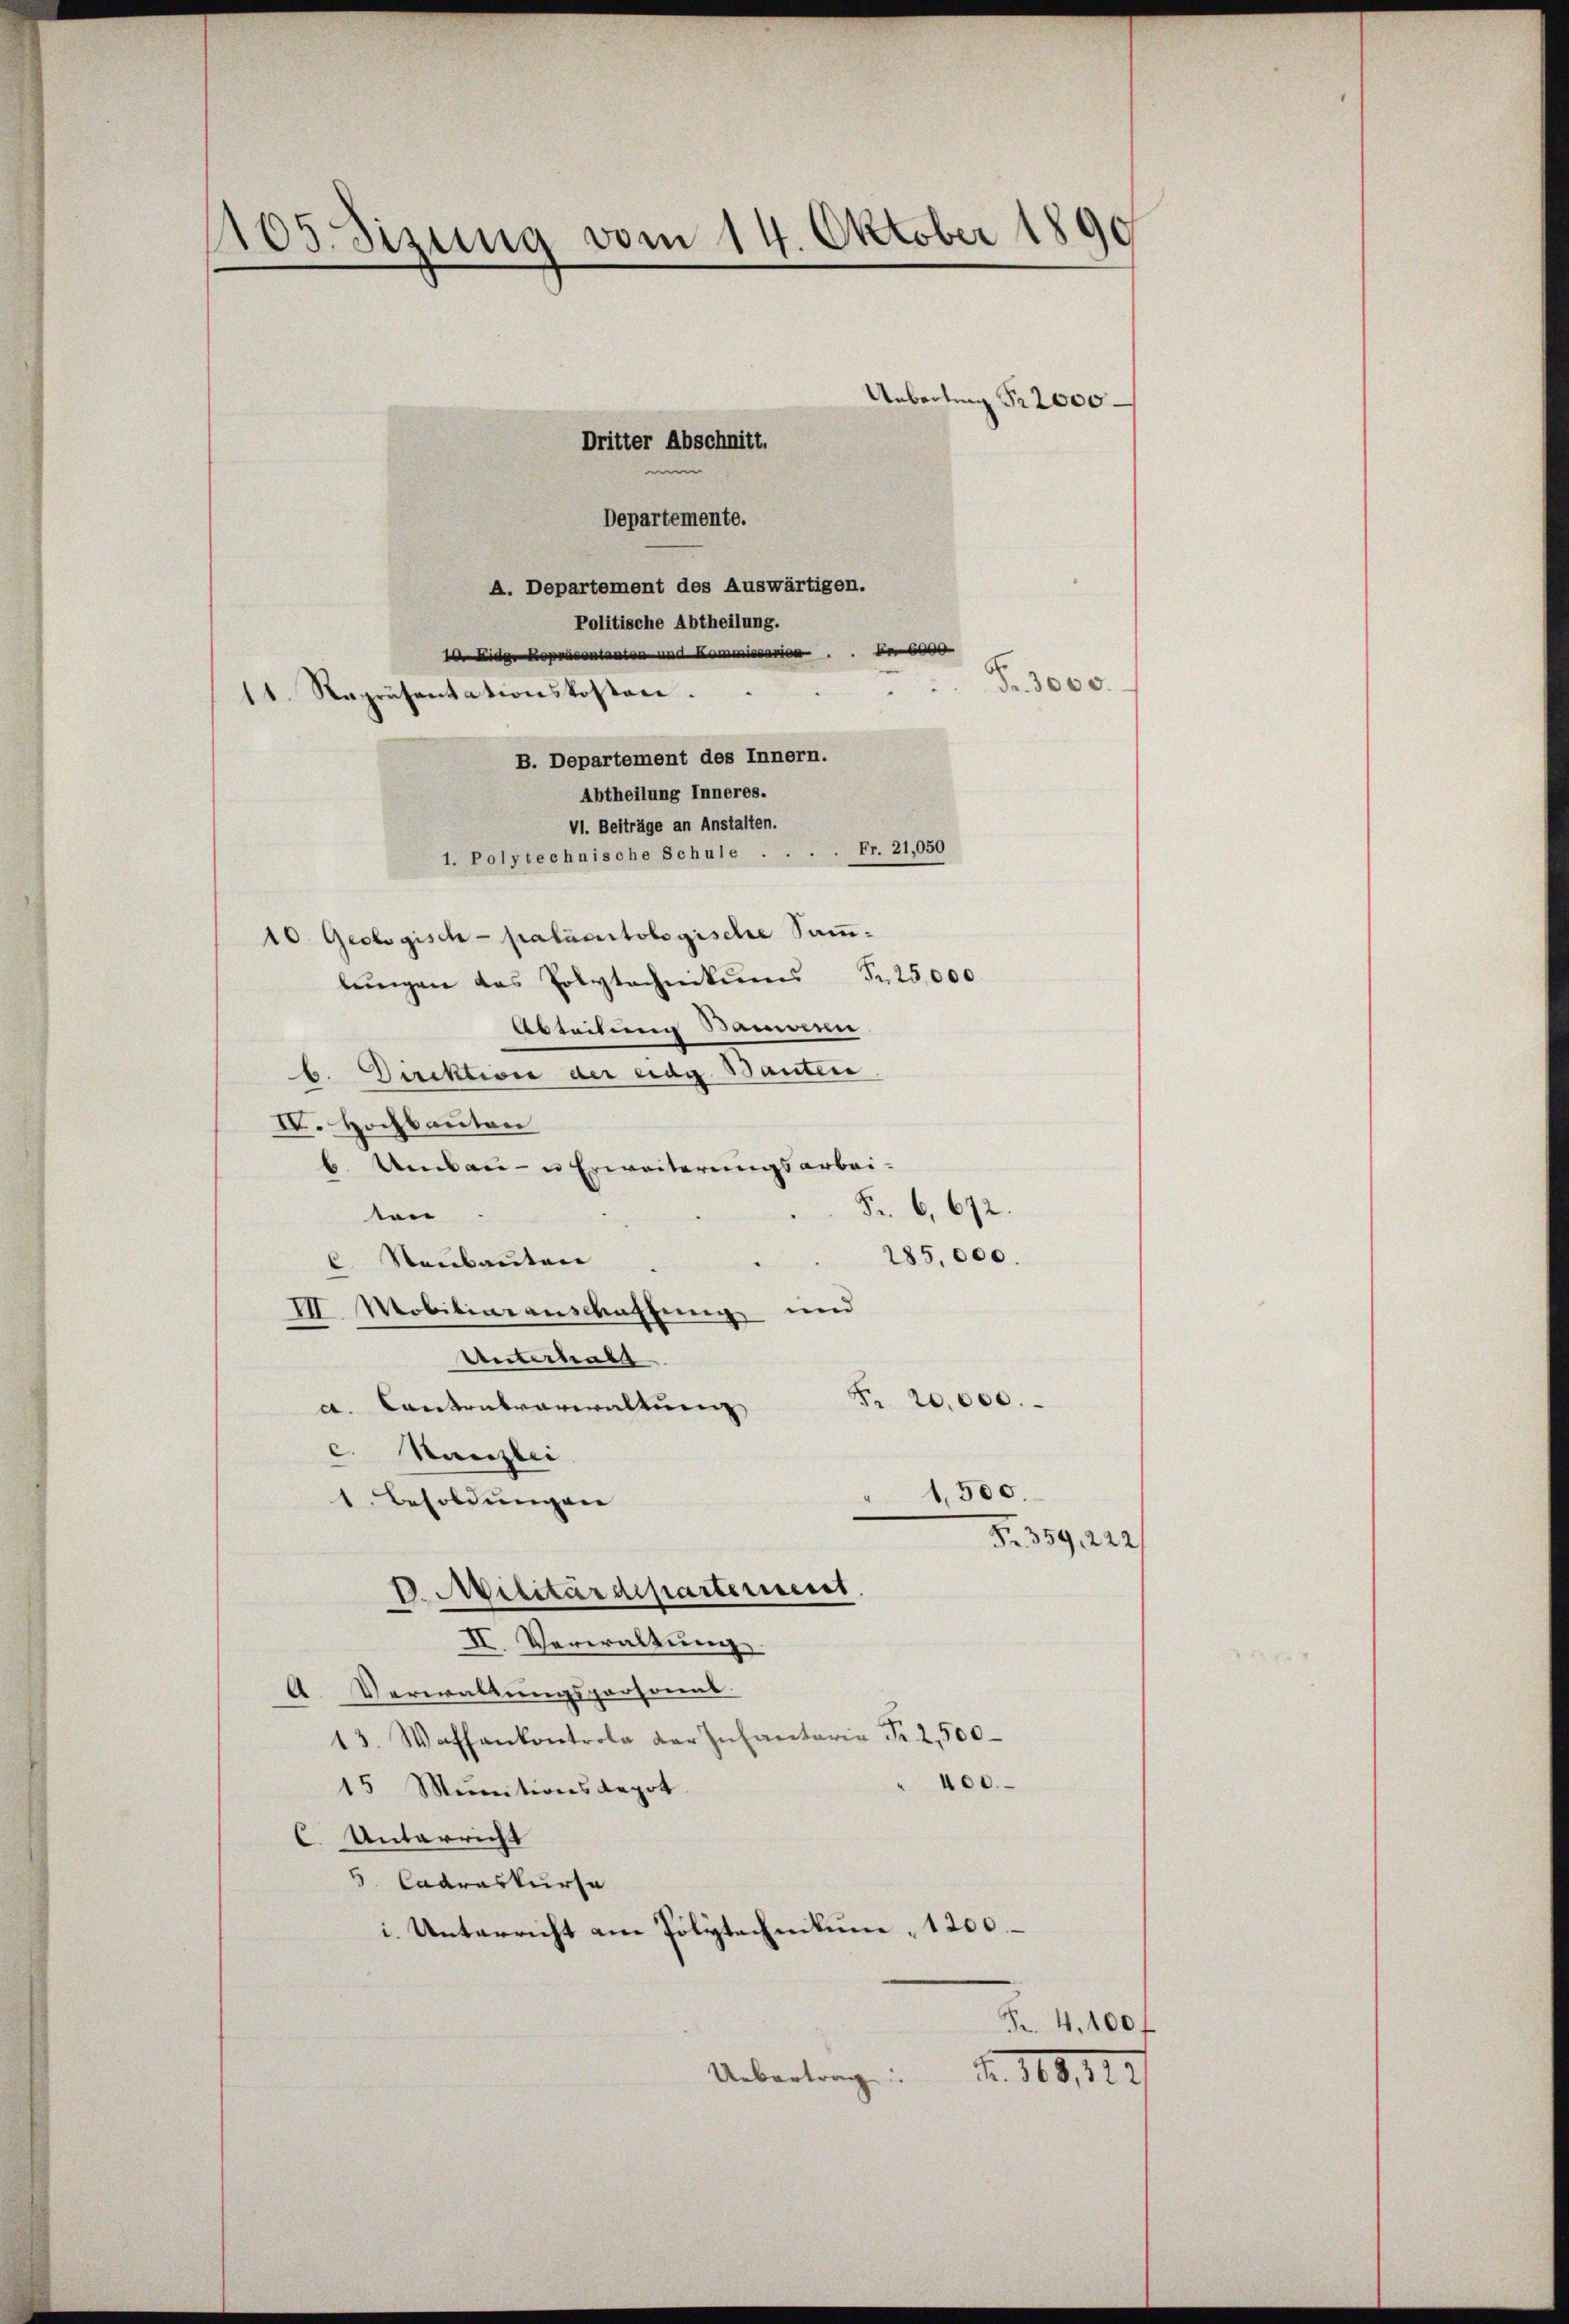
1105. Sizung vom 14. Oktober 1890
Unbartung Fr. 2000
Dritter Abschnitt.
Departemente.

A. Departement des Auswärtigen.
Politische Abtheilung.
e
 iden Kontanten und Kaise
Fr. 3000.
11. Repräsentationskosten.
B. Departement des Innern.
Abtheilung Inneres.
VI. Beiträge an Anstalten.
Fr. 21,050
1. Polytechnische Schule
10. Geologisch-palasertologische Sammlŭngen das Polytechnikum Fr. 25,000
Abteilung Samm
b. Direktivie der eidg. Bauten
IV. Hochbauten
b. Umbau- u Erweiterungsarbei¬
F. 6,672.
ton
285,000.
C. Neubauten
IV. Mobiliarauswahlung und
Untermals
Fr. 20,000.
a. Cantonsverwaltung
c. Stanzlei
1,500.
1. Besoldungen
Fr. 359, 222/
D. Militärdeparterisiret.
II. Verwaltung
A. Verwaltungspersonal
13. Waffenkontrola der Infantaria Fr. 2,500
400.
15 Munitionsdepot
C. Unterricht
Caaraskurse
i. Unterricht am Polytechnikum, 1200
F. 4. 100 f
No. 119,147/
Uebertrag